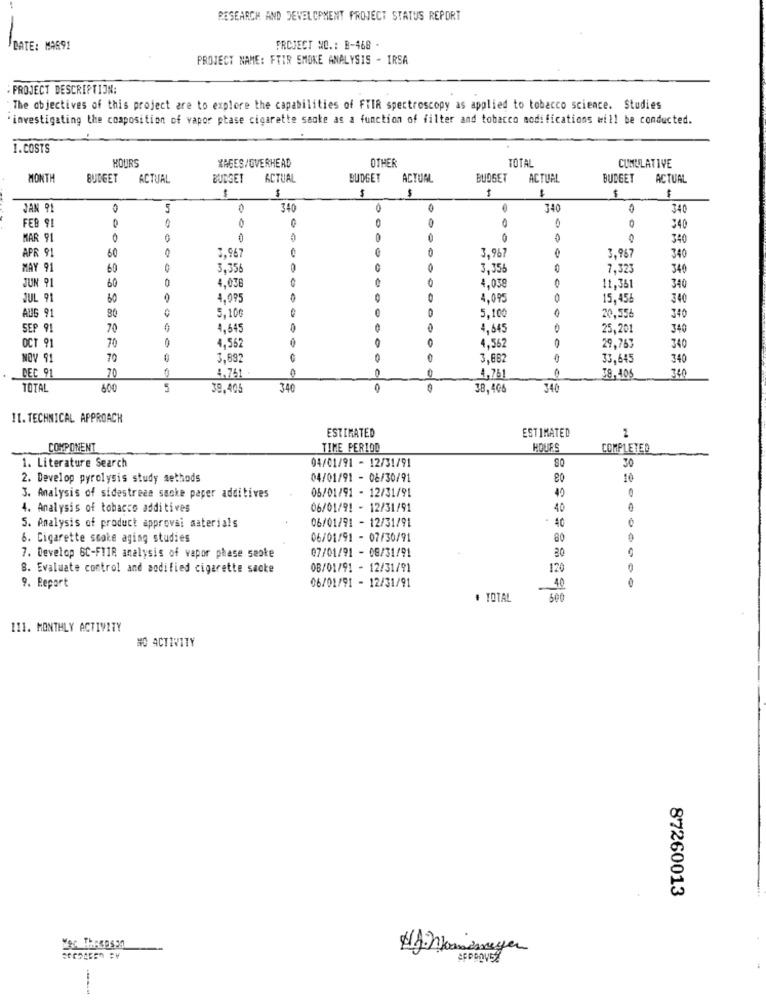
RESEARCH AND DEVELOPMENT PROJECT STATUS REPORT
DATE: MAR91
PROJECT NO .: B-468 .
PROJECT NAME: FTIR SMOKE ANALYSIS - IRSA
PROJECT DESCRIPTION:
The objectives of this project are to explore the capabilities of FTIR spectroscopy as applied to tobacco science. Studies
"investigating the composition of vapor ptase cigarette saoke as a function of filter and tobacco modifications will be conducted.
1.COSTS
OTHER
TOTAL
HOURS
XAGES/OVERHEAD
CUMULATIVE
MONTH
BUDGET
ACTUAL
BUDGET
ACTUAL
BUDGET
ACTUAL
BUDGET
ACTUAL
BUDGET
ACTUAL
$
$
1
$
JAN 91
5
340
340
340
0
FEB 91
340
MAR 91
340
APR 91
60
3,967
3,967
3,967
340
MAY 91
60
3,35
3,355
7,323
340
JUN 91
60
4,038
4,038
11,361
340
JUL 91
60
4.095
4.09€
15,456
340
AUG 91
5.10G
5,10
340
20,554
SEP 91
70
4,645
4,64
25,201
340
OCT 91
70
4,562
4,562
29,767
340
NOV 91
70
3,892
3.862
33,645
340
DEC 91
20
4.741
0
4.761
340
39.405
TOTAL
600
5
39,405
340
38,406
340
I1. TECHNICAL APPROACH
ESTIMATED
ESTIMATED
COMPONENT
TIME PERIOD
HOURS
COMPLETED
1. Literature Search
04/01/91 - 12/31/91
30
2. Develop pyrolysis study methods
04/01/91 - 06/30/91
eo
10
05/01/91 - 12/31/91
3. Analysis of sidestreee sanke paper additives
40
4. Analysis of tobacco additives
06/01/91 - 12/31/91
40
06/01/91 - 12/31/91
5. Analysis of product approvai materials
40
6. Cigarette smoke aging studies
06/01/91 - 07/30/91
80
07/01/91 - 08/31/91
7. Develop GC-FIIR analysis of vapor phase seoke
20
8. Evaluate control and modified cigarette sacke
08/01/91 - 12/31/91
170
06/01/91 - 12/31/91
9. Report
10
# TOTAL
111. MONTHLY ACTIVITY
NO ACTIVITY
87260013
Hj: nomemeyer